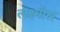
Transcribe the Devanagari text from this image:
लक्ष्मीस